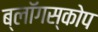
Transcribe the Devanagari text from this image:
ब्लॉगस्कोप